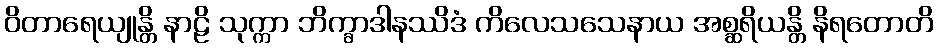
ဝိတာရေယျုန္တိ နာဠိ သုက္ကာ ဘိက္ခာဒါနဿိဒံ ကိလေသသေနာယ အစ္ဆရိယန္တိ နိရတောတိ